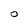
Character: O